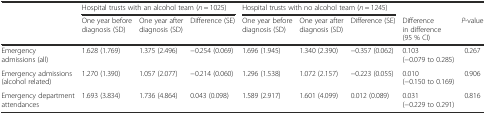
<table><thead><tr><td rowspan="2"></td><td colspan="3"><b>Hospital trusts with an alcohol team (<i>n</i> = 1025)</b></td><td colspan="3"><b>Hospital trusts with no alcohol team (<i>n</i> = 1245)</b></td><td></td><td></td></tr><tr><td><b>One year before diagnosis (SD)</b></td><td><b>One year after diagnosis (SD)</b></td><td><b>Difference (SE)</b></td><td><b>One year before diagnosis (SD)</b></td><td><b>One year after diagnosis (SD)</b></td><td><b>Difference (SE)</b></td><td><b>Difference in difference (95 % CI)</b></td><td><b><i>P</i>-value</b></td></tr></thead><tbody><tr><td>Emergency admissions (all)</td><td>1.628 (1.769)</td><td>1.375 (2.496)</td><td>−0.254 (0.069)</td><td>1.696 (1.945)</td><td>1.340 (2.390)</td><td>−0.357 (0.062)</td><td>0.103 (−0.079 to 0.285)</td><td>0.267</td></tr><tr><td>Emergency admissions (alcohol related)</td><td>1.270 (1.390)</td><td>1.057 (2.077)</td><td>−0.214 (0.060)</td><td>1.296 (1.538)</td><td>1.072 (2.157)</td><td>−0.223 (0.055)</td><td>0.010 (−0.150 to 0.169)</td><td>0.906</td></tr><tr><td>Emergency department attendances</td><td>1.693 (3.834)</td><td>1.736 (4.864)</td><td>0.043 (0.098)</td><td>1.589 (2.917)</td><td>1.601 (4.099)</td><td>0.012 (0.089)</td><td>0.031 (−0.229 to 0.291)</td><td>0.816</td></tr></tbody></table>